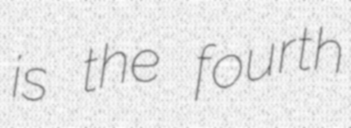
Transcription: is the fourth